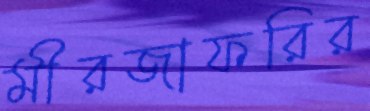
মীরজাফরির